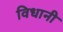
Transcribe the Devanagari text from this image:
विधानी